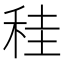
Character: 䅅